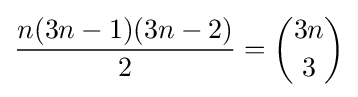
{n(3n-1)(3n-2) \over 2}={3n \choose 3}